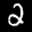
Label: 2